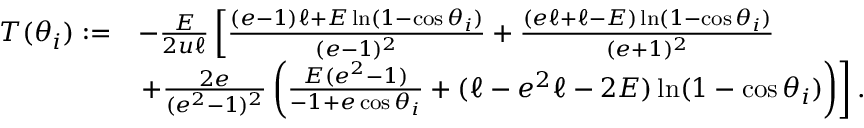
\begin{array} { r l } { T ( \theta _ { i } ) : = } & { - \frac { E } { 2 u \ell } \left[ \frac { ( e - 1 ) \ell + E \ln ( 1 - \cos \theta _ { i } ) } { ( e - 1 ) ^ { 2 } } + \frac { ( e \ell + \ell - E ) \ln ( 1 - \cos \theta _ { i } ) } { ( e + 1 ) ^ { 2 } } \right. } \\ & { \left. + \frac { 2 e } { ( e ^ { 2 } - 1 ) ^ { 2 } } \left( \frac { E ( e ^ { 2 } - 1 ) } { - 1 + e \cos \theta _ { i } } + ( \ell - e ^ { 2 } \ell - 2 E ) \ln ( 1 - \cos \theta _ { i } ) \right) \right] . } \end{array}